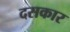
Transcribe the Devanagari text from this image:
दसकार